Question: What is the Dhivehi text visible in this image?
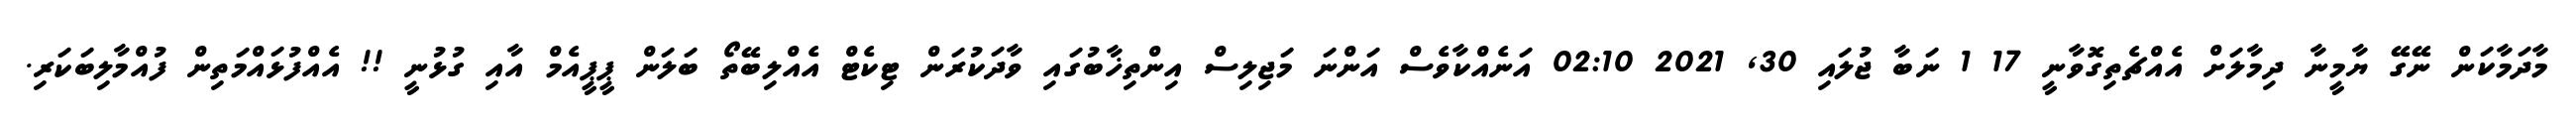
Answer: މާދަމާކަން ނޭގޭ ޔާމީނާ ދިމާލަށް އެއްޗެތިގޮވާނީ 17 1 ނަބާ ޖުލައި 30, 2021 02:10 އަނެއްކާވެސް އަންނަ މަޖިލިސް އިންތިޚާބުގައި ވާދަކުރަން ޓިކެޓް އެއްލިބޭތޯ ބަލަން ޕީޕީއެމް އާއި ގުޅުނީ !! އެއްފުޅައްމަތިން ފުއްމާލިބަކަރި.